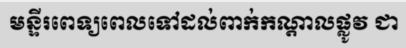
មន្ទីរពេទ្យពេលទៅដល់ពាក់កណ្តាលផ្លូវ ជា